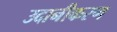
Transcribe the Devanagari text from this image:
उदानीकरण